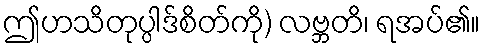
ဤဟသိတုပ္ပါဒ်စိတ်ကို) လဗ္ဘတိ၊ ရအပ်၏။